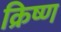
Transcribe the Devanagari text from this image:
क्रिष्ण